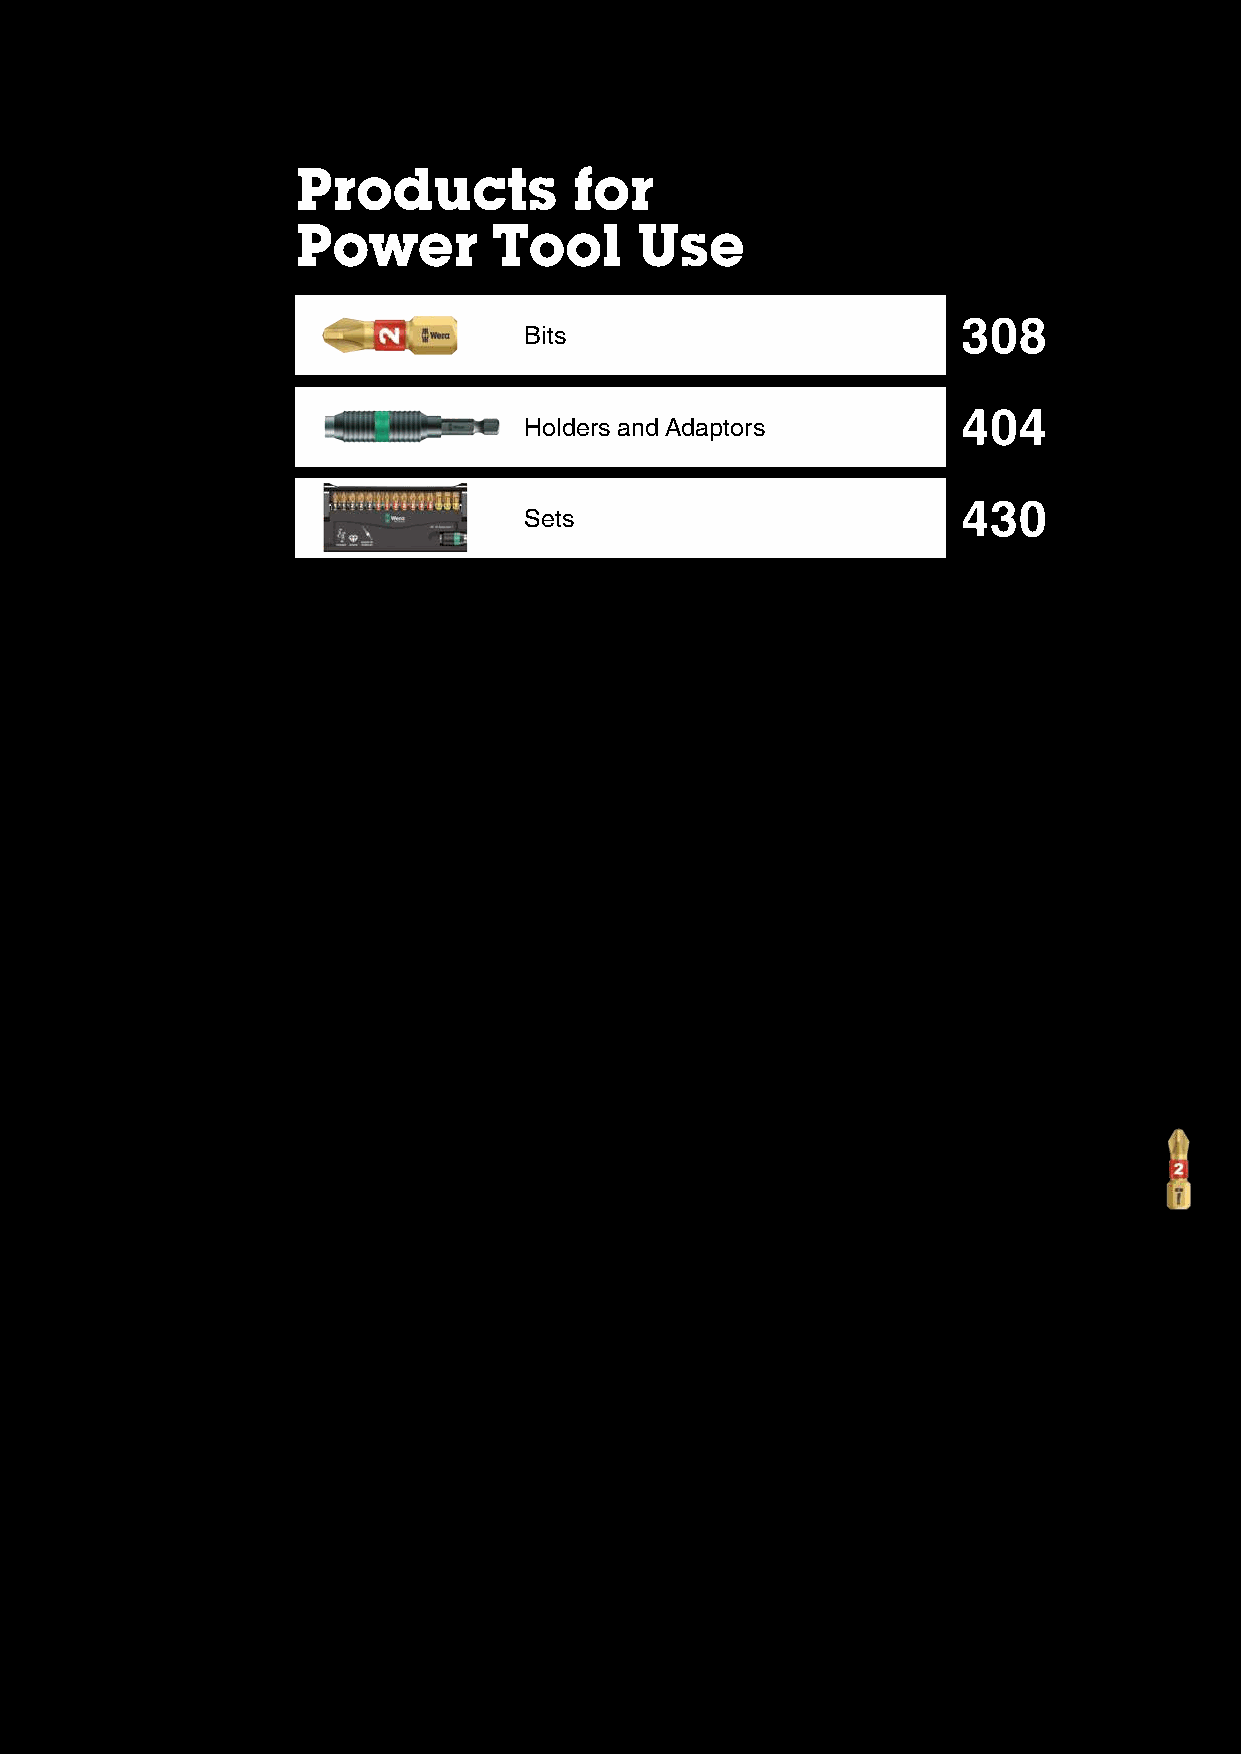
Products          for
 Power        Tool     Use
 Bits                         308
 Holders and Adaptors         404
 Sets                         430